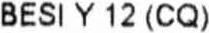
BESI Y 12(CQ)